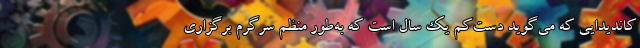
کاندیدایی که می‌گوید دست‌کم یک سال است که به‌طور منظم سرگرم برگزاری